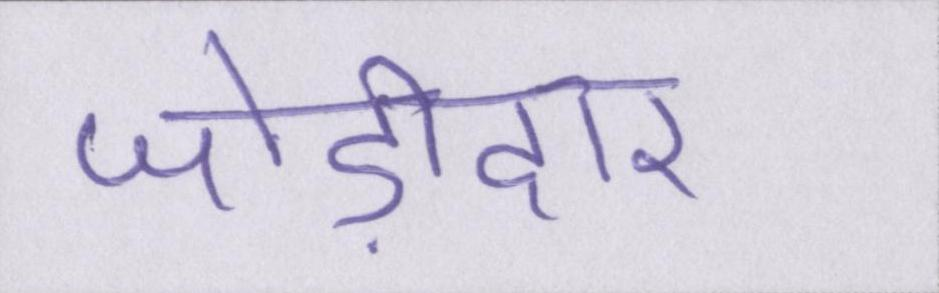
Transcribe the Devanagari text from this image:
जोड़ीदार